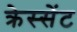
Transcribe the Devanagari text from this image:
क्रेस्सेंट